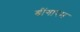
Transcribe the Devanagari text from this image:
श्रींगारम